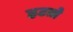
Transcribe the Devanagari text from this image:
हटतो